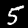
Digit: 5